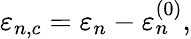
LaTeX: \varepsilon_{n,c}=\varepsilon_{n}-\varepsilon_{n}^{(0)},